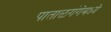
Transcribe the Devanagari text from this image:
पाताळगंगेमध्ये